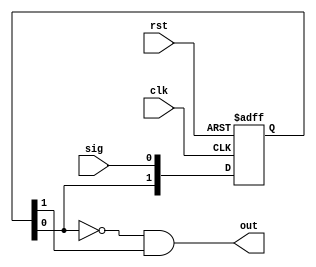
module negedge_detector(
	// Io declaration 
	input wire clk,
	input wire rst,
	input wire sig,
	output wire out);
	
	// inner reg 
	reg [1:0] sig_del; 
	
	// logic as in posedge detector 
	always @(posedge clk or negedge rst)
	begin 
		if (~rst) begin 
			sig_del <= 2'b11;
		end else begin 
			sig_del <= {sig_del[0], sig};
		end
	end 

assign out = ((~sig_del[0]) & (sig_del[1]));	
	
endmodule